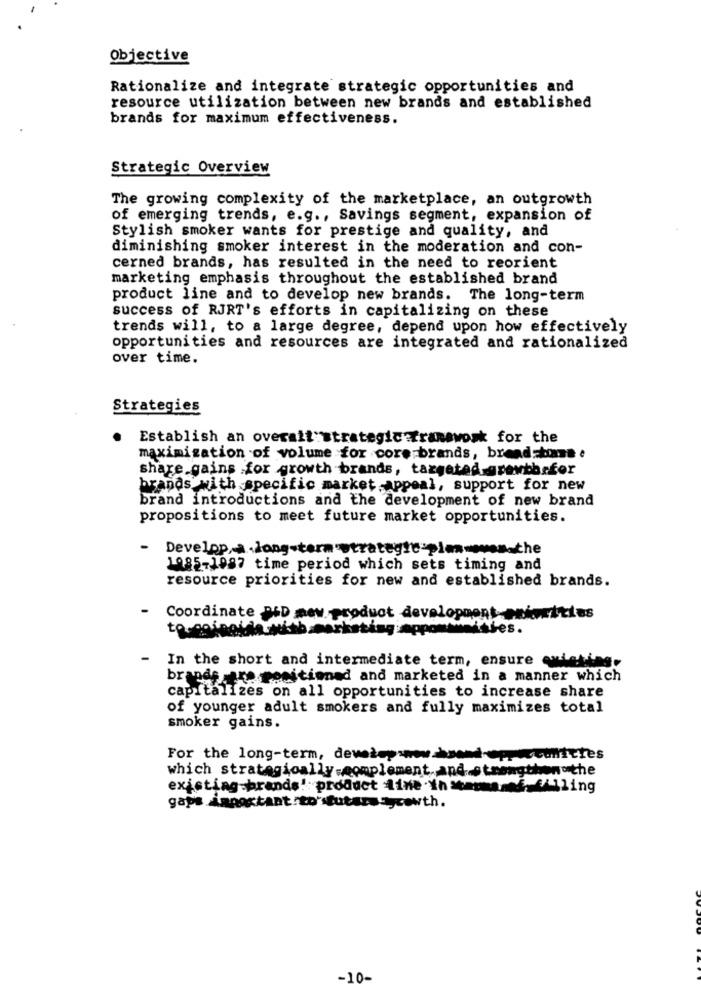
Objective
Rationalize and integrate strategic opportunities and
resource utilization between new brands and established
brands for maximum effectiveness.
Strategic Overview
The growing complexity of the marketplace, an outgrowth
of emerging trends, e.g ., Savings segment, expansion of
Stylish smoker wants for prestige and quality, and
diminishing smoker interest in the moderation and con-
cerned brands, has resulted in the need to reorient
marketing emphasis throughout the established brand
product line and to develop new brands. The long-term
success of RJRT's efforts in capitalizing on these
trends will, to a large degree, depend upon how effectively
opportunities and resources are integrated and rationalized
over time.
Strategies
Establish an overalt:strategic :tranawosk for the
maximization of volume for core brands, breadstomme e
share gains for growth brands, targeted grewthefor
brands with specific market appeal, support for new
brand introductions and the development of new brand
propositions to meet future market opportunities.
-
1985-1087 time period which sets timing and
resource priorities for new and established brands.
Coordinate DID new product development-emirities
wittes.
-
In the short and intermediate term, ensure existing.
brands are meeitioned and marketed in a manner which
capitalizes on all opportunities to increase share
of younger adult smokers and fully maximizes total
smoker gains.
For the long-term, dewww-
which strategically=complement, andstrengthen the
existing-brands! product line th stara. f. filling
gaps Åangstant to' tutaranycowth.
-10-